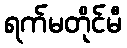
ရက်မတိုင်မီ